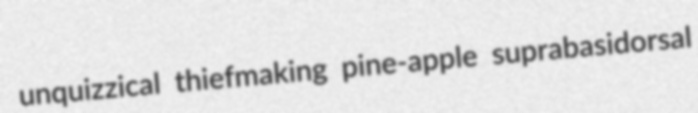
unquizzical thiefmaking pine-apple suprabasidorsal